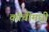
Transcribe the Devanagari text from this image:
कोचीमधी